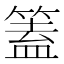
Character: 篕